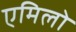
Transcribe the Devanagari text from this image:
एमिलो